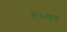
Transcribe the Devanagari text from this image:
१०वर